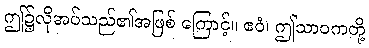
ဤ၌လိုအပ်သည်၏အဖြစ် ကြောင့်။ ဧဝံ၊ ဤသာဝကတို့